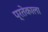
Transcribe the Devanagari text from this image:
प्रतेकाला